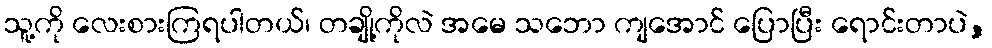
သူ့ကို လေးစားကြရပါတယ်၊ တချို့ကိုလဲ အမေ သဘော ကျအောင် ပြောပြီး ရောင်းတာပဲ,